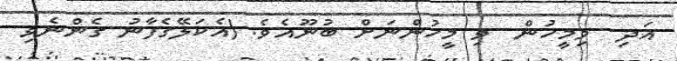
އަދި  ވިމީހުން  ވި މީހުންނަށް ބުނޫއެވެ. (އެކަލޭގެފާނު ގެންނެވި